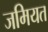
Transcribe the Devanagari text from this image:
जमियत